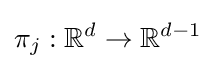
\pi _{j}:\mathbb {R} ^{d}\to \mathbb {R} ^{d-1}